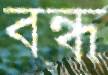
বন্ধ